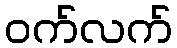
ဝက်လက်